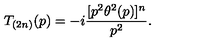
T _ { ( 2 n ) } ( p ) = - i \frac { [ p ^ { 2 } \theta ^ { 2 } ( p ) ] ^ { n } } { p ^ { 2 } } .